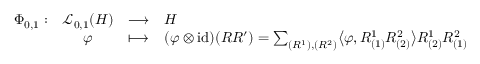
\begin{array} { r c l l } { \Phi _ { 0 , 1 } : } & { \mathcal { L } _ { 0 , 1 } ( H ) } & { \longrightarrow } & { H } \\ & { \varphi } & { \longmapsto } & { ( \varphi \otimes \mathrm { i d } ) ( R R ^ { \prime } ) = \sum _ { ( R ^ { 1 } ) , ( R ^ { 2 } ) } \bigl \langle \varphi , R _ { ( 1 ) } ^ { 1 } R _ { ( 2 ) } ^ { 2 } \bigr \rangle R _ { ( 2 ) } ^ { 1 } R _ { ( 1 ) } ^ { 2 } } \end{array}